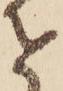
を